Vaccine operations Central Provinces & Berar 1922-1929 - 1922-1929
Year: 1922
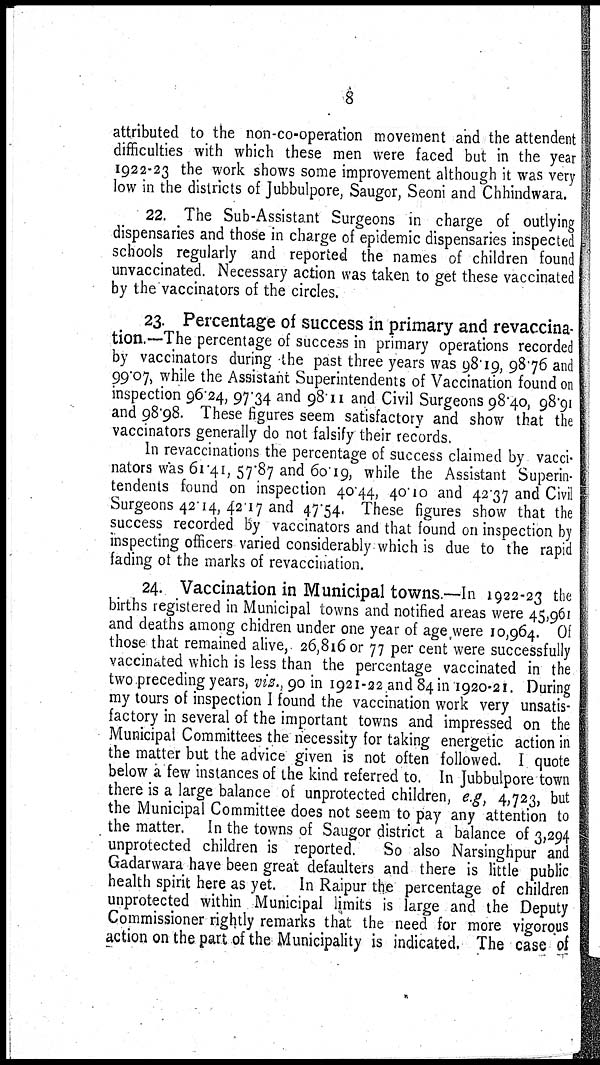
8
attributed to the non-co-operation movement and the attendent
difficulties with which these men were faced but in the year
1922-23 the work shows some improvement although it was very
low in the districts of Jubbulpore, Saugor, Seoni and Chhindwara.
22. The Sub-Assistant Surgeons in charge of outlying
dispensaries and those in charge of epidemic dispensaries inspected
schools regularly and reported the names of children found
unvaccinated. Necessary action was taken to get these vaccinated
by the vaccinators of the circles.
23. Percentage of success in primary and revaccina-
tion.—The percentage of success in primary operations recorded
by vaccinators during the past three years was 98.19, 98.76 and
99.07, while the Assistant Superintendents of Vaccination found on
inspection 96.24, 97.34 and 98.11 and Civil Surgeons 98.40, 98.91
and 98.98. These figures seem satisfactory and show that the
vaccinators generally do not falsify their records.
In revaccinations the percentage of success claimed by vacci-
nators was 61.41, 57.87 and 60.19, while the Assistant Superin-
tendents found on inspection 40.44, 40.10 and 42.37 and Civil
Surgeons 42.14, 42.17 and 47.54. These figures show that the
success recorded by vaccinators and that found on inspection by
inspecting officers varied considerably which is due to the rapid
fading of the marks of revaccination.
24. Vaccination in Municipal towns.—In 1922-23 the
births registered in Municipal towns and notified areas were 45,961
and deaths among chidren under one year of age were 10,964. Of
those that remained alive, 26,816 or 77 per cent were successfully
vaccinated which is less than the percentage vaccinated in the
two preceding years, viz., 90 in 1921-22 and 84 in 1920-21. During
my tours of inspection I found the vaccination work very unsatis-
factory in several of the important towns and impressed on the
Municipal Committees the necessity for taking energetic action in
the matter but the advice given is not often followed. I quote
below a few instances of the kind referred to. In Jubbulpore town
there is a large balance of unprotected children, e.g, 4,723, but
the Municipal Committee does not seem to pay any attention to
the matter. In the towns of Saugor district a balance of 3,294
unprotected children is reported.
So also Narsinghpur and
Gadarwara have been great defaulters and there is little public
health spirit here as yet. In Raipur the percentage of children
unprotected within Municipal limits is large and the Deputy
Commissioner rightly remarks that the need for more vigorous
action on the part of the Municipality is indicated. The case of